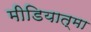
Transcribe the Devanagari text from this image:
मीडियात्मा